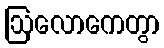
ဩလောကေတွာ